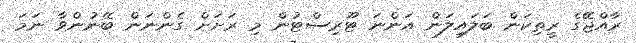
ރާއްޖޭގެ ރީތިކަން ބަލައިލަން އަންނަ ޓޫރިސްޓުން މި ރަށަށް ގެންނަން ބޭނުންވާ ނަމަ